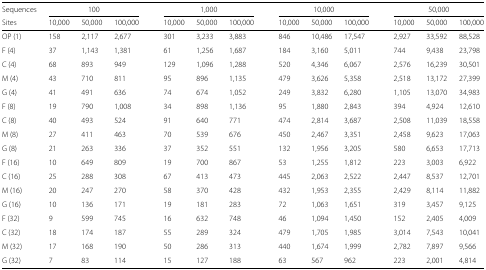
<table><thead><tr><td><b>Sequences</b></td><td colspan="3"><b>100</b></td><td></td><td colspan="3"><b>1,000</b></td><td></td><td colspan="3"><b>10,000</b></td><td></td><td colspan="3"><b>50,000</b></td></tr><tr><td><b>Sites</b></td><td><b>10,000</b></td><td><b>50,000</b></td><td><b>100,000</b></td><td></td><td><b>10,000</b></td><td><b>50,000</b></td><td><b>100,000</b></td><td></td><td><b>10,000</b></td><td><b>50,000</b></td><td><b>100,000</b></td><td></td><td><b>10,000</b></td><td><b>50,000</b></td><td><b>100,000</b></td></tr></thead><tbody><tr><td>OP (1)</td><td>158</td><td>2,117</td><td>2,677</td><td></td><td>301</td><td>3,233</td><td>3,883</td><td></td><td>846</td><td>10,486</td><td>17,547</td><td></td><td>2,927</td><td>33,592</td><td>88,528</td></tr><tr><td>F (4)</td><td>37</td><td>1,143</td><td>1,381</td><td></td><td>61</td><td>1,256</td><td>1,687</td><td></td><td>184</td><td>3,160</td><td>5,011</td><td></td><td>744</td><td>9,438</td><td>23,798</td></tr><tr><td>C (4)</td><td>68</td><td>893</td><td>949</td><td></td><td>129</td><td>1,096</td><td>1,288</td><td></td><td>520</td><td>4,346</td><td>6,067</td><td></td><td>2,576</td><td>16,239</td><td>30,501</td></tr><tr><td>M (4)</td><td>43</td><td>710</td><td>811</td><td></td><td>95</td><td>896</td><td>1,135</td><td></td><td>479</td><td>3,626</td><td>5,358</td><td></td><td>2,518</td><td>13,172</td><td>27,399</td></tr><tr><td>G (4)</td><td>41</td><td>491</td><td>636</td><td></td><td>74</td><td>674</td><td>1,052</td><td></td><td>249</td><td>3,832</td><td>6,280</td><td></td><td>1,105</td><td>13,070</td><td>34,983</td></tr><tr><td>F (8)</td><td>19</td><td>790</td><td>1,008</td><td></td><td>34</td><td>898</td><td>1,136</td><td></td><td>95</td><td>1,880</td><td>2,843</td><td></td><td>394</td><td>4,924</td><td>12,610</td></tr><tr><td>C (8)</td><td>40</td><td>493</td><td>524</td><td></td><td>91</td><td>640</td><td>771</td><td></td><td>474</td><td>2,814</td><td>3,687</td><td></td><td>2,508</td><td>11,039</td><td>18,558</td></tr><tr><td>M (8)</td><td>27</td><td>411</td><td>463</td><td></td><td>70</td><td>539</td><td>676</td><td></td><td>450</td><td>2,467</td><td>3,351</td><td></td><td>2,458</td><td>9,623</td><td>17,063</td></tr><tr><td>G (8)</td><td>21</td><td>263</td><td>336</td><td></td><td>37</td><td>352</td><td>551</td><td></td><td>132</td><td>1,956</td><td>3,205</td><td></td><td>580</td><td>6,653</td><td>17,713</td></tr><tr><td>F (16)</td><td>10</td><td>649</td><td>809</td><td></td><td>19</td><td>700</td><td>867</td><td></td><td>53</td><td>1,255</td><td>1,812</td><td></td><td>223</td><td>3,003</td><td>6,922</td></tr><tr><td>C (16)</td><td>25</td><td>288</td><td>308</td><td></td><td>67</td><td>413</td><td>473</td><td></td><td>445</td><td>2,063</td><td>2,522</td><td></td><td>2,447</td><td>8,537</td><td>12,701</td></tr><tr><td>M (16)</td><td>20</td><td>247</td><td>270</td><td></td><td>58</td><td>370</td><td>428</td><td></td><td>432</td><td>1,953</td><td>2,355</td><td></td><td>2,429</td><td>8,114</td><td>11,882</td></tr><tr><td>G (16)</td><td>10</td><td>136</td><td>171</td><td></td><td>19</td><td>181</td><td>283</td><td></td><td>72</td><td>1,063</td><td>1,651</td><td></td><td>319</td><td>3,457</td><td>9,125</td></tr><tr><td>F (32)</td><td>9</td><td>599</td><td>745</td><td></td><td>16</td><td>632</td><td>748</td><td></td><td>46</td><td>1,094</td><td>1,450</td><td></td><td>152</td><td>2,405</td><td>4,009</td></tr><tr><td>C (32)</td><td>18</td><td>174</td><td>187</td><td></td><td>55</td><td>289</td><td>324</td><td></td><td>479</td><td>1,705</td><td>1,985</td><td></td><td>3,014</td><td>7,543</td><td>10,041</td></tr><tr><td>M (32)</td><td>17</td><td>168</td><td>190</td><td></td><td>50</td><td>286</td><td>313</td><td></td><td>440</td><td>1,674</td><td>1,999</td><td></td><td>2,782</td><td>7,897</td><td>9,566</td></tr><tr><td>G (32)</td><td>7</td><td>83</td><td>114</td><td></td><td>15</td><td>127</td><td>188</td><td></td><td>63</td><td>567</td><td>962</td><td></td><td>223</td><td>2,001</td><td>4,814</td></tr></tbody></table>